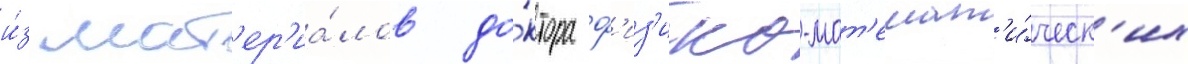
и́з мат'ер'иа́лов до́ктора ф'из'ико-мат'емат'и́ческ'их